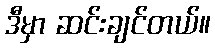
ဒီမှာ ဆင်းချင်တယ်။